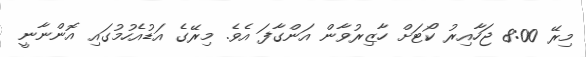
މިރޭ 8:00 ޖަހާއިރު ކޯޓަށް ހާޒިރުވާން އަންގާފަ އެވެ. މިރޭގެ އަޑުއެހުމުގައި އޮންނާނީ